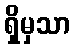
ရှိမှသာ